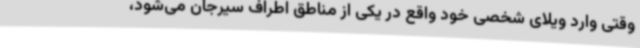
وقتی وارد ویلای شخصی خود واقع در یکی از مناطق اطراف سیرجان می‌شود،